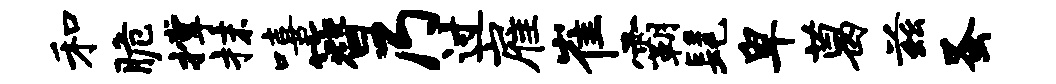
和脆撑抹嘻簪乃过雇崔霸髦卑葛兹蚤